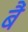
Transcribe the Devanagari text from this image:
बैं